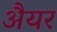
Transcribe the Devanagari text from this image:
अैयर